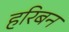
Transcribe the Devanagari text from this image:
हरिबन